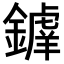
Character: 𨬲